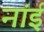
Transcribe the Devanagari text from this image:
नांई